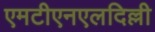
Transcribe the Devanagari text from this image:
एमटीएनएलदिल्ली